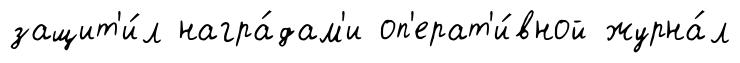
защит'и́л награ́дам'и оп'ерат'и́вной журна́л